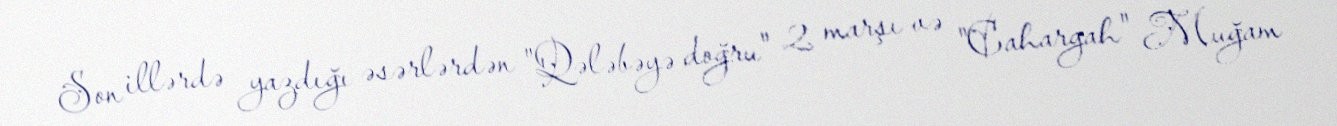
Son illərdə yazdığı əsərlərdən "Qələbəyə doğru" 2 marşı və "Cahargah" Muğam